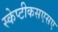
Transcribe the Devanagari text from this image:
स्केप्टीकसएसए